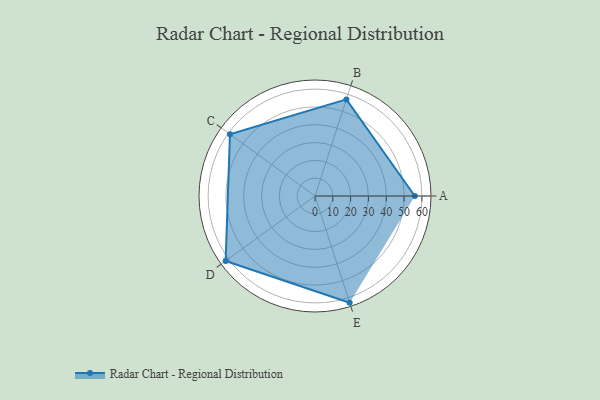
{"axis": {"x": "Skill", "y": "Score"}, "legend": ["Profile"], "data": [{"x": "A", "y": 56.0, "type": "Profile"}, {"x": "B", "y": 57.0, "type": "Profile"}, {"x": "C", "y": 59.0, "type": "Profile"}, {"x": "D", "y": 62.0, "type": "Profile"}, {"x": "E", "y": 63.0, "type": "Profile"}]}